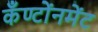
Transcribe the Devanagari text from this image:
कँण्टोंनमेंट